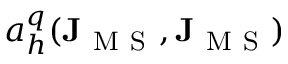
a _ { h } ^ { q } ( \mathbf { J } _ { \mathrm { ~ M ~ S ~ } } , \mathbf { J } _ { \mathrm { ~ M ~ S ~ } } )